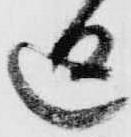
廻